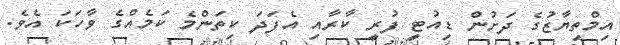
އިމްތިޔާޒުގެ ދަށުން ޑިއުޓީ ފުރީ ކާރާއި އެފަދަ ކިތަންމެ ކަމެއްގެ ވާހަކަ އެވެ.